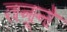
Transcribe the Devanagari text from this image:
तन्ने